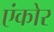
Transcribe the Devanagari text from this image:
एंकोर